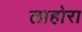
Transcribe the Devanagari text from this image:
लाहोरा